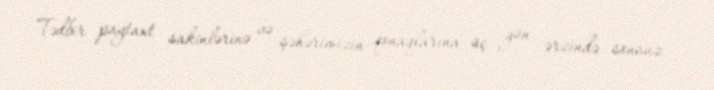
Tədbir paytaxt sakinlərinə və şəhərimizin qonaqlarına üç gün ərzində sonsuz